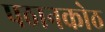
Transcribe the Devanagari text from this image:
पठानकोठ